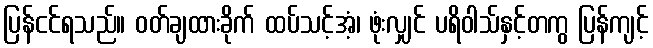
ပြန်ငင်ရသည်။ ဝတ်ချထားခိုက် ထပ်သင့်အံ့၊ ဖုံးလျှင် ပရိဝါသ်နှင့်တကွ ပြန်ကျင့်